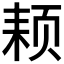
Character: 𬱜